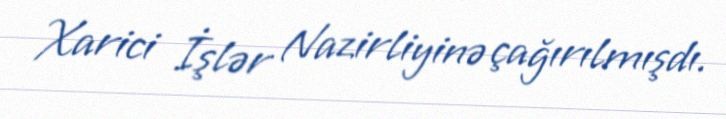
Xarici İşlər Nazirliyinə çağırılmışdı.